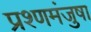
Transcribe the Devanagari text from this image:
प्रश्णमंजुषा